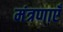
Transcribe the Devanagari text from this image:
मंत्रणाएँ